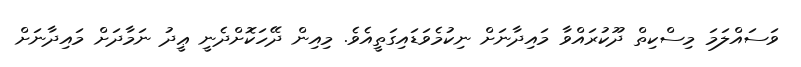
ވަސައްލަމަ މިސްކިތް ދޫކުރައްވާ މައިދާނަށް ނިކުމެވަޑައިގަތީއެވެ. މިއިން ދޭހަކޮށްދެނީ ޢީދު ނަމާދަށް މައިދާނަށް